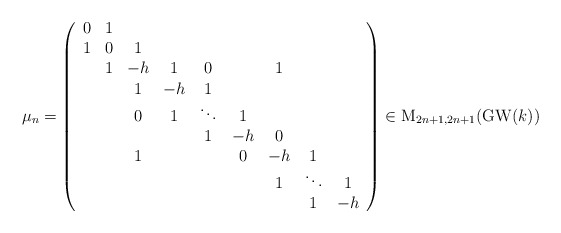
\begin{align*}\mu_{n}=\left(\begin{array}{ccccccccc}0 & 1\\1 & 0 & 1\\ & 1 & -h & 1 & 0 & & 1\\ & & 1 & -h & 1 \\ & & 0 & 1 & \ddots & 1\\ & & & & 1 & -h & 0\\ & & 1 & & & 0 & -h & 1\\ & & & & & & 1 & \ddots & 1 \\ & & & & & & & 1 & -h\end{array}\right)\in \mathrm{M}_{2n+1,2n+1}(\mathrm{GW}(k))\end{align*}